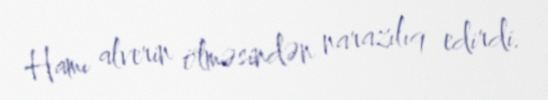
Hamı alverin ölməsindən narazılıq edirdi.